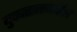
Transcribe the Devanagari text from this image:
युकातानमधील